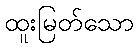
ထူးမြတ်သော